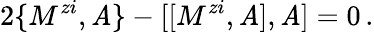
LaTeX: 2\{ M^{zi},\mathit{A}\} -[[M^{zi},\mathit{A}],\mathit{A}]=0\, .